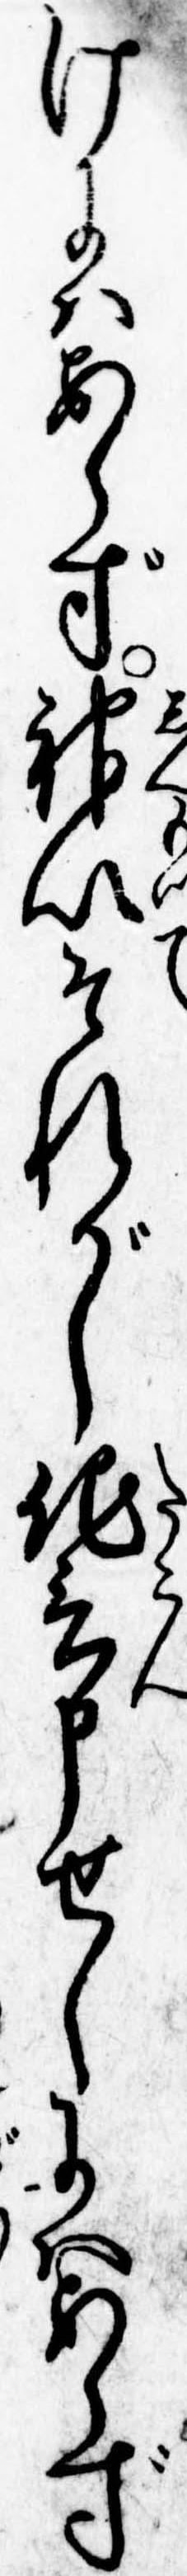
けにはあらず神以それがし他言申せしにはあらず